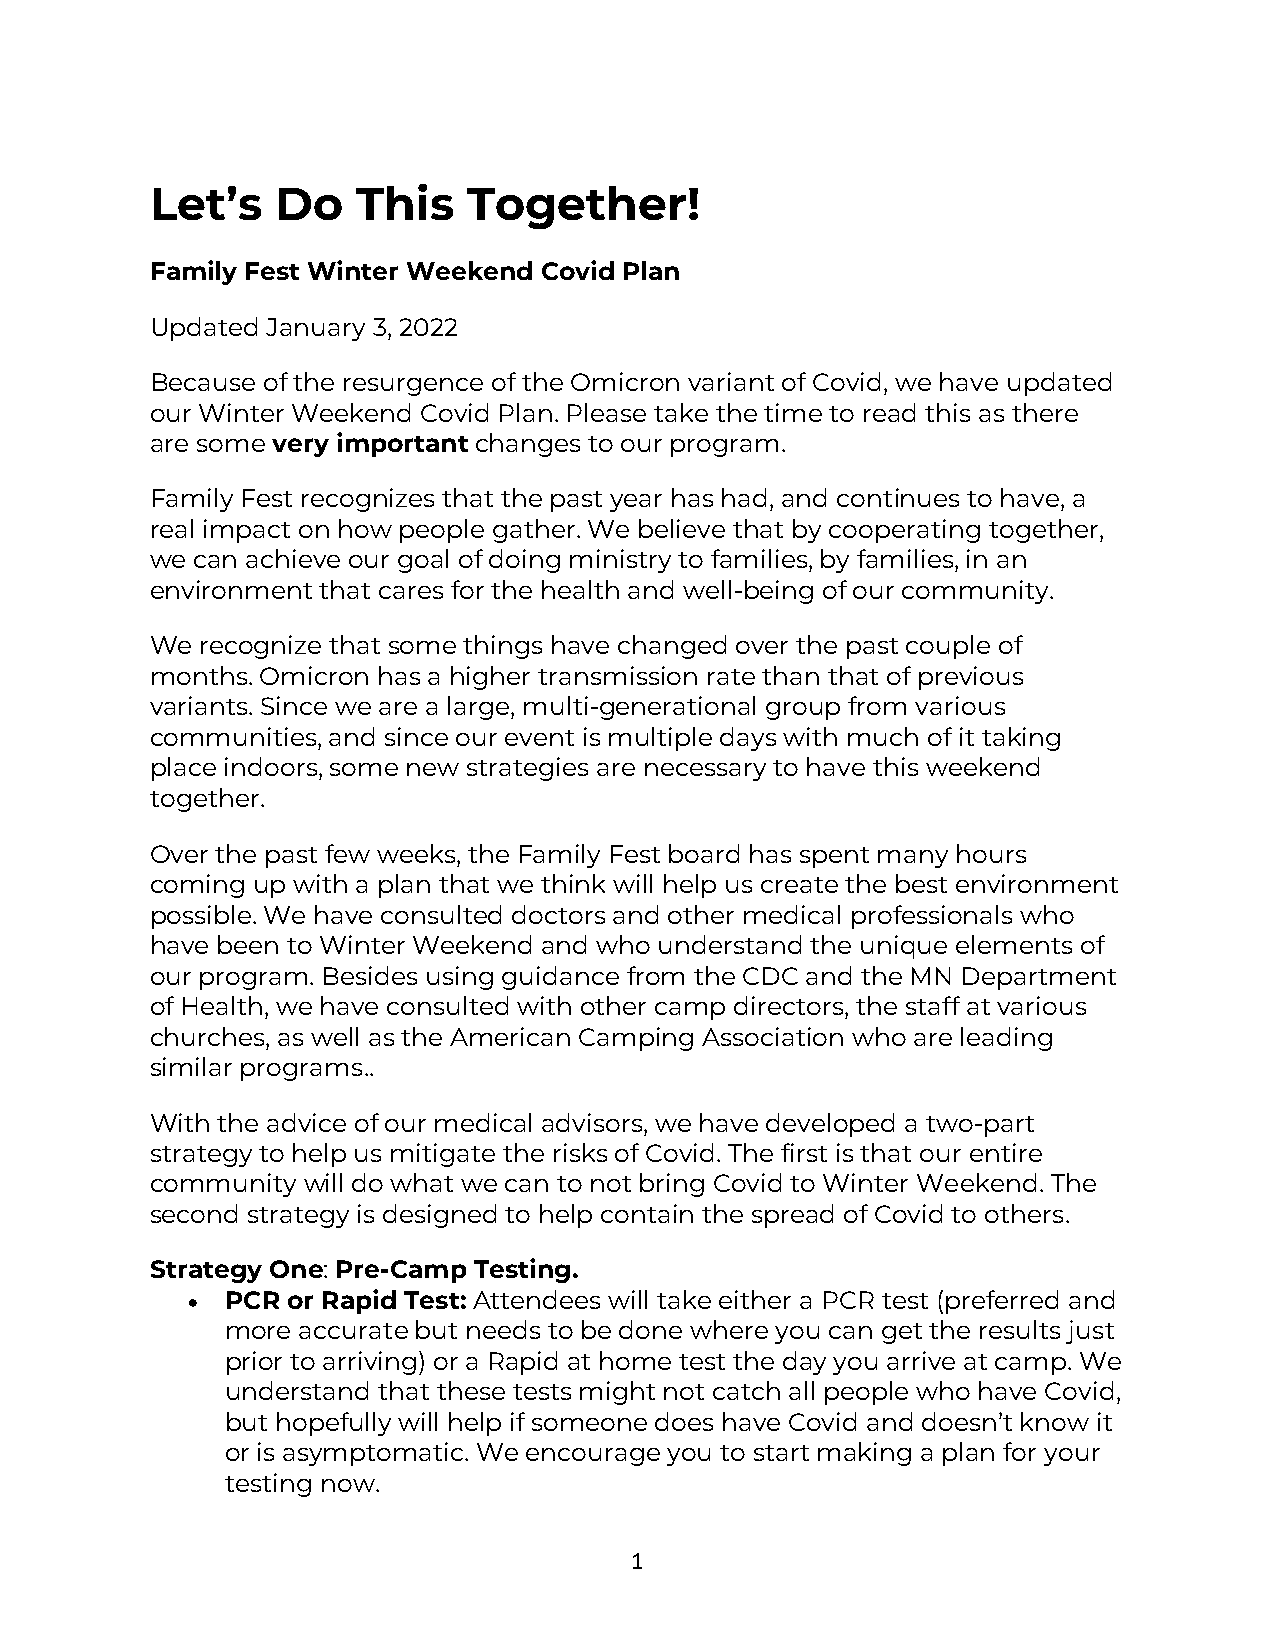
Let’s   Do    This   Together!
 Family Fest Winter Weekend Covid Plan
 Updated January 3, 2022
 Because of the resurgence of the Omicron variant of Covid, we have updated
 our Winter Weekend Covid Plan. Please take the time to read this as there
 are some very important changes to our program.
 Family Fest recognizes that the past year has had, and continues to have, a
 real impact on how people gather. We believe that by cooperating together,
 we can achieve our goal of doing ministry to families, by families, in an
 environment that cares for the health and well-being of our community.
 We recognize that some things have changed over the past couple of
 months. Omicron has a higher transmission rate than that of previous
 variants. Since we are a large, multi-generational group from various
 communities, and since our event is multiple days with much of it taking
 place indoors, some new strategies are necessary to have this weekend
 together.
 Over the past few weeks, the Family Fest board has spent many hours
 coming up with a plan that we think will help us create the best environment
 possible. We have consulted doctors and other medical professionals who
 have been to Winter Weekend and who understand the unique elements of
 our program. Besides using guidance from the CDC and the MN Department
 of Health, we have consulted with other camp directors, the staff at various
 churches, as well as the American Camping Association who are leading
 similar programs..
 With the advice of our medical advisors, we have developed a two-part
 strategy to help us mitigate the risks of Covid. The first is that our entire
 community will do what we can to not bring Covid to Winter Weekend. The
 second strategy is designed to help contain the spread of Covid to others.
 Strategy One: Pre-Camp Testing.
 •  PCR or Rapid Test: Attendees will take either a PCR test (preferred and
 more accurate but needs to be done where you can get the results just
 prior to arriving) or a Rapid at home test the day you arrive at camp. We
 understand that these tests might not catch all people who have Covid,
 but hopefully will help if someone does have Covid and doesn’t know it
 or is asymptomatic. We encourage you to start making a plan for your
 testing now.
 1